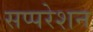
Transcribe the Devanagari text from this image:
सप्परेशन